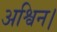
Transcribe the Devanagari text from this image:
अश्विन।